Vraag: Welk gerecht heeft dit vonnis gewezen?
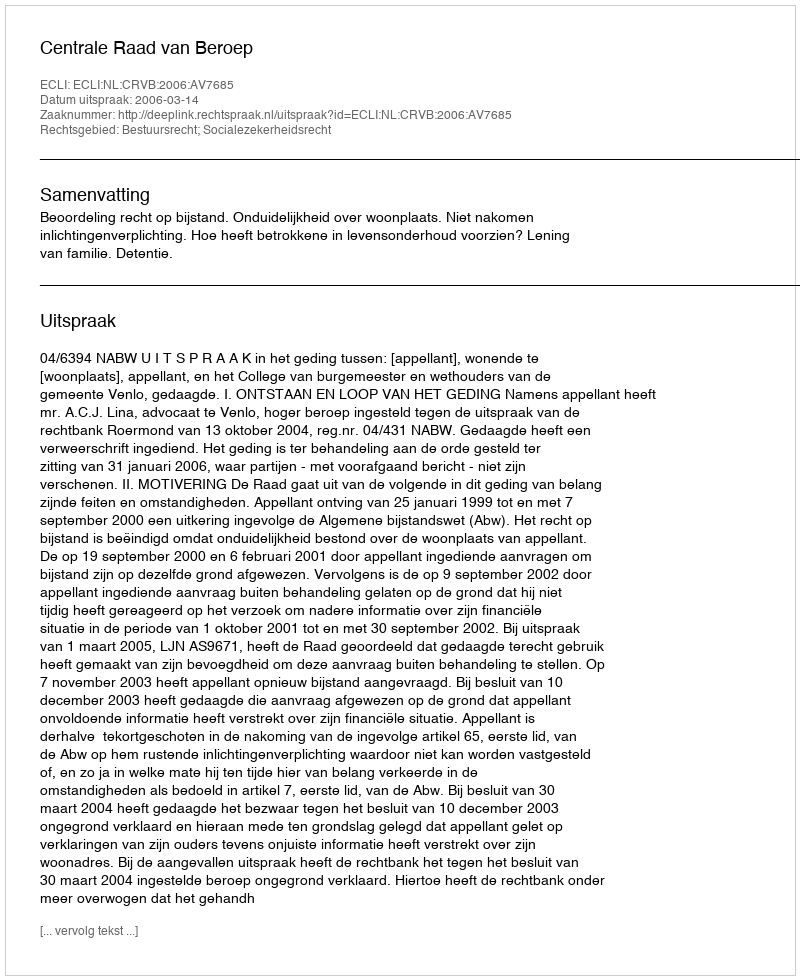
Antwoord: Centrale Raad van Beroep